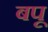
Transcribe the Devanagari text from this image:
बपू